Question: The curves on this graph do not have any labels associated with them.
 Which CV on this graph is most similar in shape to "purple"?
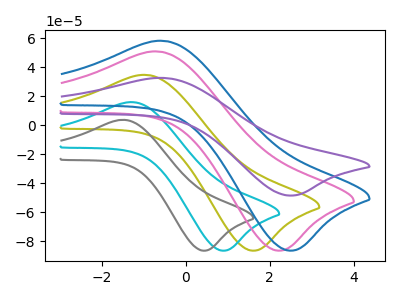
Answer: <think>The olive curve "olive" has an anodic peak at (-0.90V, 34.60uA) and a cathodic peak at (1.65V, -86.35uA). The cyan curve "cyan" has an anodic peak at (-1.25V, 15.80uA) and a cathodic peak at (0.95V, -86.35uA). The gray curve "gray" has an anodic peak at (-1.45V, 3.65uA) and a cathodic peak at (0.45V, -86.35uA). The pink curve "pink" has an anodic peak at (-0.65V, 50.75uA) and a cathodic peak at (2.30V, -86.35uA). The blue curve "blue" has an anodic peak at (-0.50V, 58.05uA) and a cathodic peak at (2.55V, -86.30uA). The purple curve "purple" has an anodic peak at (-0.50V, 32.55uA) and a cathodic peak at (2.55V, -48.40uA).
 "olive" and "cyan" have at least one peak that do not match. "olive" and "gray" have at least one peak that do not match. "olive" and "pink" have at least one peak that do not match. "olive" and "blue" have at least one peak that do not match. "olive" and "purple" have at least one peak that do not match. "cyan" and "gray" have at least one peak that do not match. "cyan" and "pink" have at least one peak that do not match. "cyan" and "blue" have at least one peak that do not match. "cyan" and "purple" have at least one peak that do not match. "gray" and "pink" have at least one peak that do not match. "gray" and "blue" have at least one peak that do not match. "gray" and "purple" have at least one peak that do not match. "pink" and "blue" have at least one peak that do not match. "pink" and "purple" have at least one peak that do not match. All the peaks in "blue" have a peak in "purple" at the same potential. Every peak in "blue" is higher than every peak in "purple".</think>
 <answer>The CV with the most similar shape to "blue" is "purple".</answer>
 <eval>"purple"</eval>